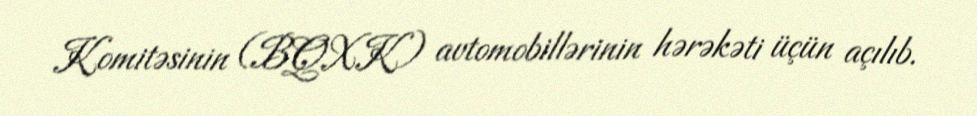
Komitəsinin (BQXK) avtomobillərinin hərəkəti üçün açılıb.